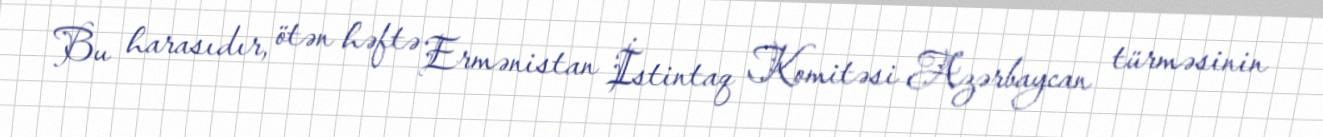
Bu harasıdır, ötən həftə Ermənistan İstintaq Komitəsi Azərbaycan türməsinin